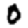
Digit: 0